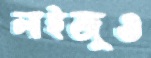
লাইজুও